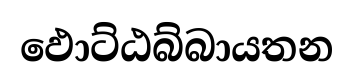
ඵොට්ඨබ්බායතන